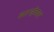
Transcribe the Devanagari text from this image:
बाउन्ड्रीवाल